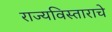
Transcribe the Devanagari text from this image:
राज्यविस्ताराचे